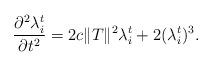
LaTeX: \begin{align*}\displaystyle\frac{\partial^{2}\lambda_{i}^{t} }{\partial t^{2}}=2c\|T\|^{2}\lambda_{i}^{t}+2(\lambda_{i}^{t})^{3}.\end{align*}